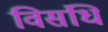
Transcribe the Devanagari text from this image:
विसंधि